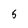
Character: 5